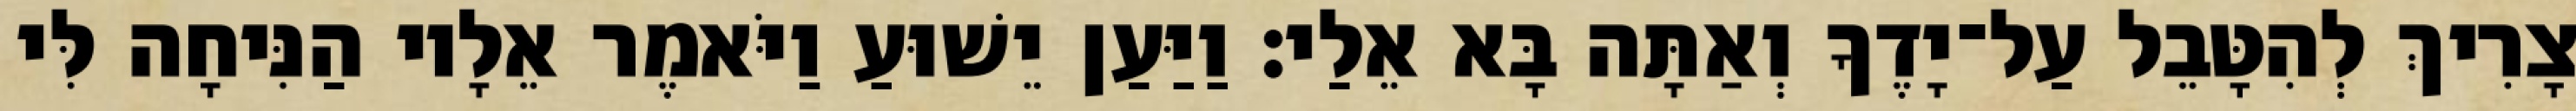
צָרִיךְ לְהִטָּבֵל עַל־יָדֶךָ וְאַתָּה בָּא אֵלַי׃ וַיַּעַן יֵשׁוּעַ וַיֹּאמֶר אֵלָיו הַנִּיחָה לִּי